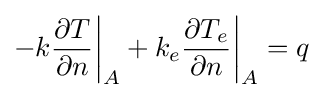
-k{\frac {\partial T}{\partial n}}{\bigg |}_{A}+k_{e}{\frac {\partial T_{e}}{\partial n}}{\bigg |}_{A}=q